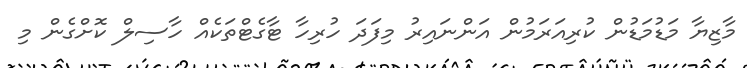
މާޒިޔާ މަޑުމަޑުން ކުރިއަރަމުން އަންނައިރު މިފަދަ ހުރިހާ ޓާގެޓްތަކެއް ހާސިލް ކޮށްގެން މި